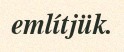
említjük.